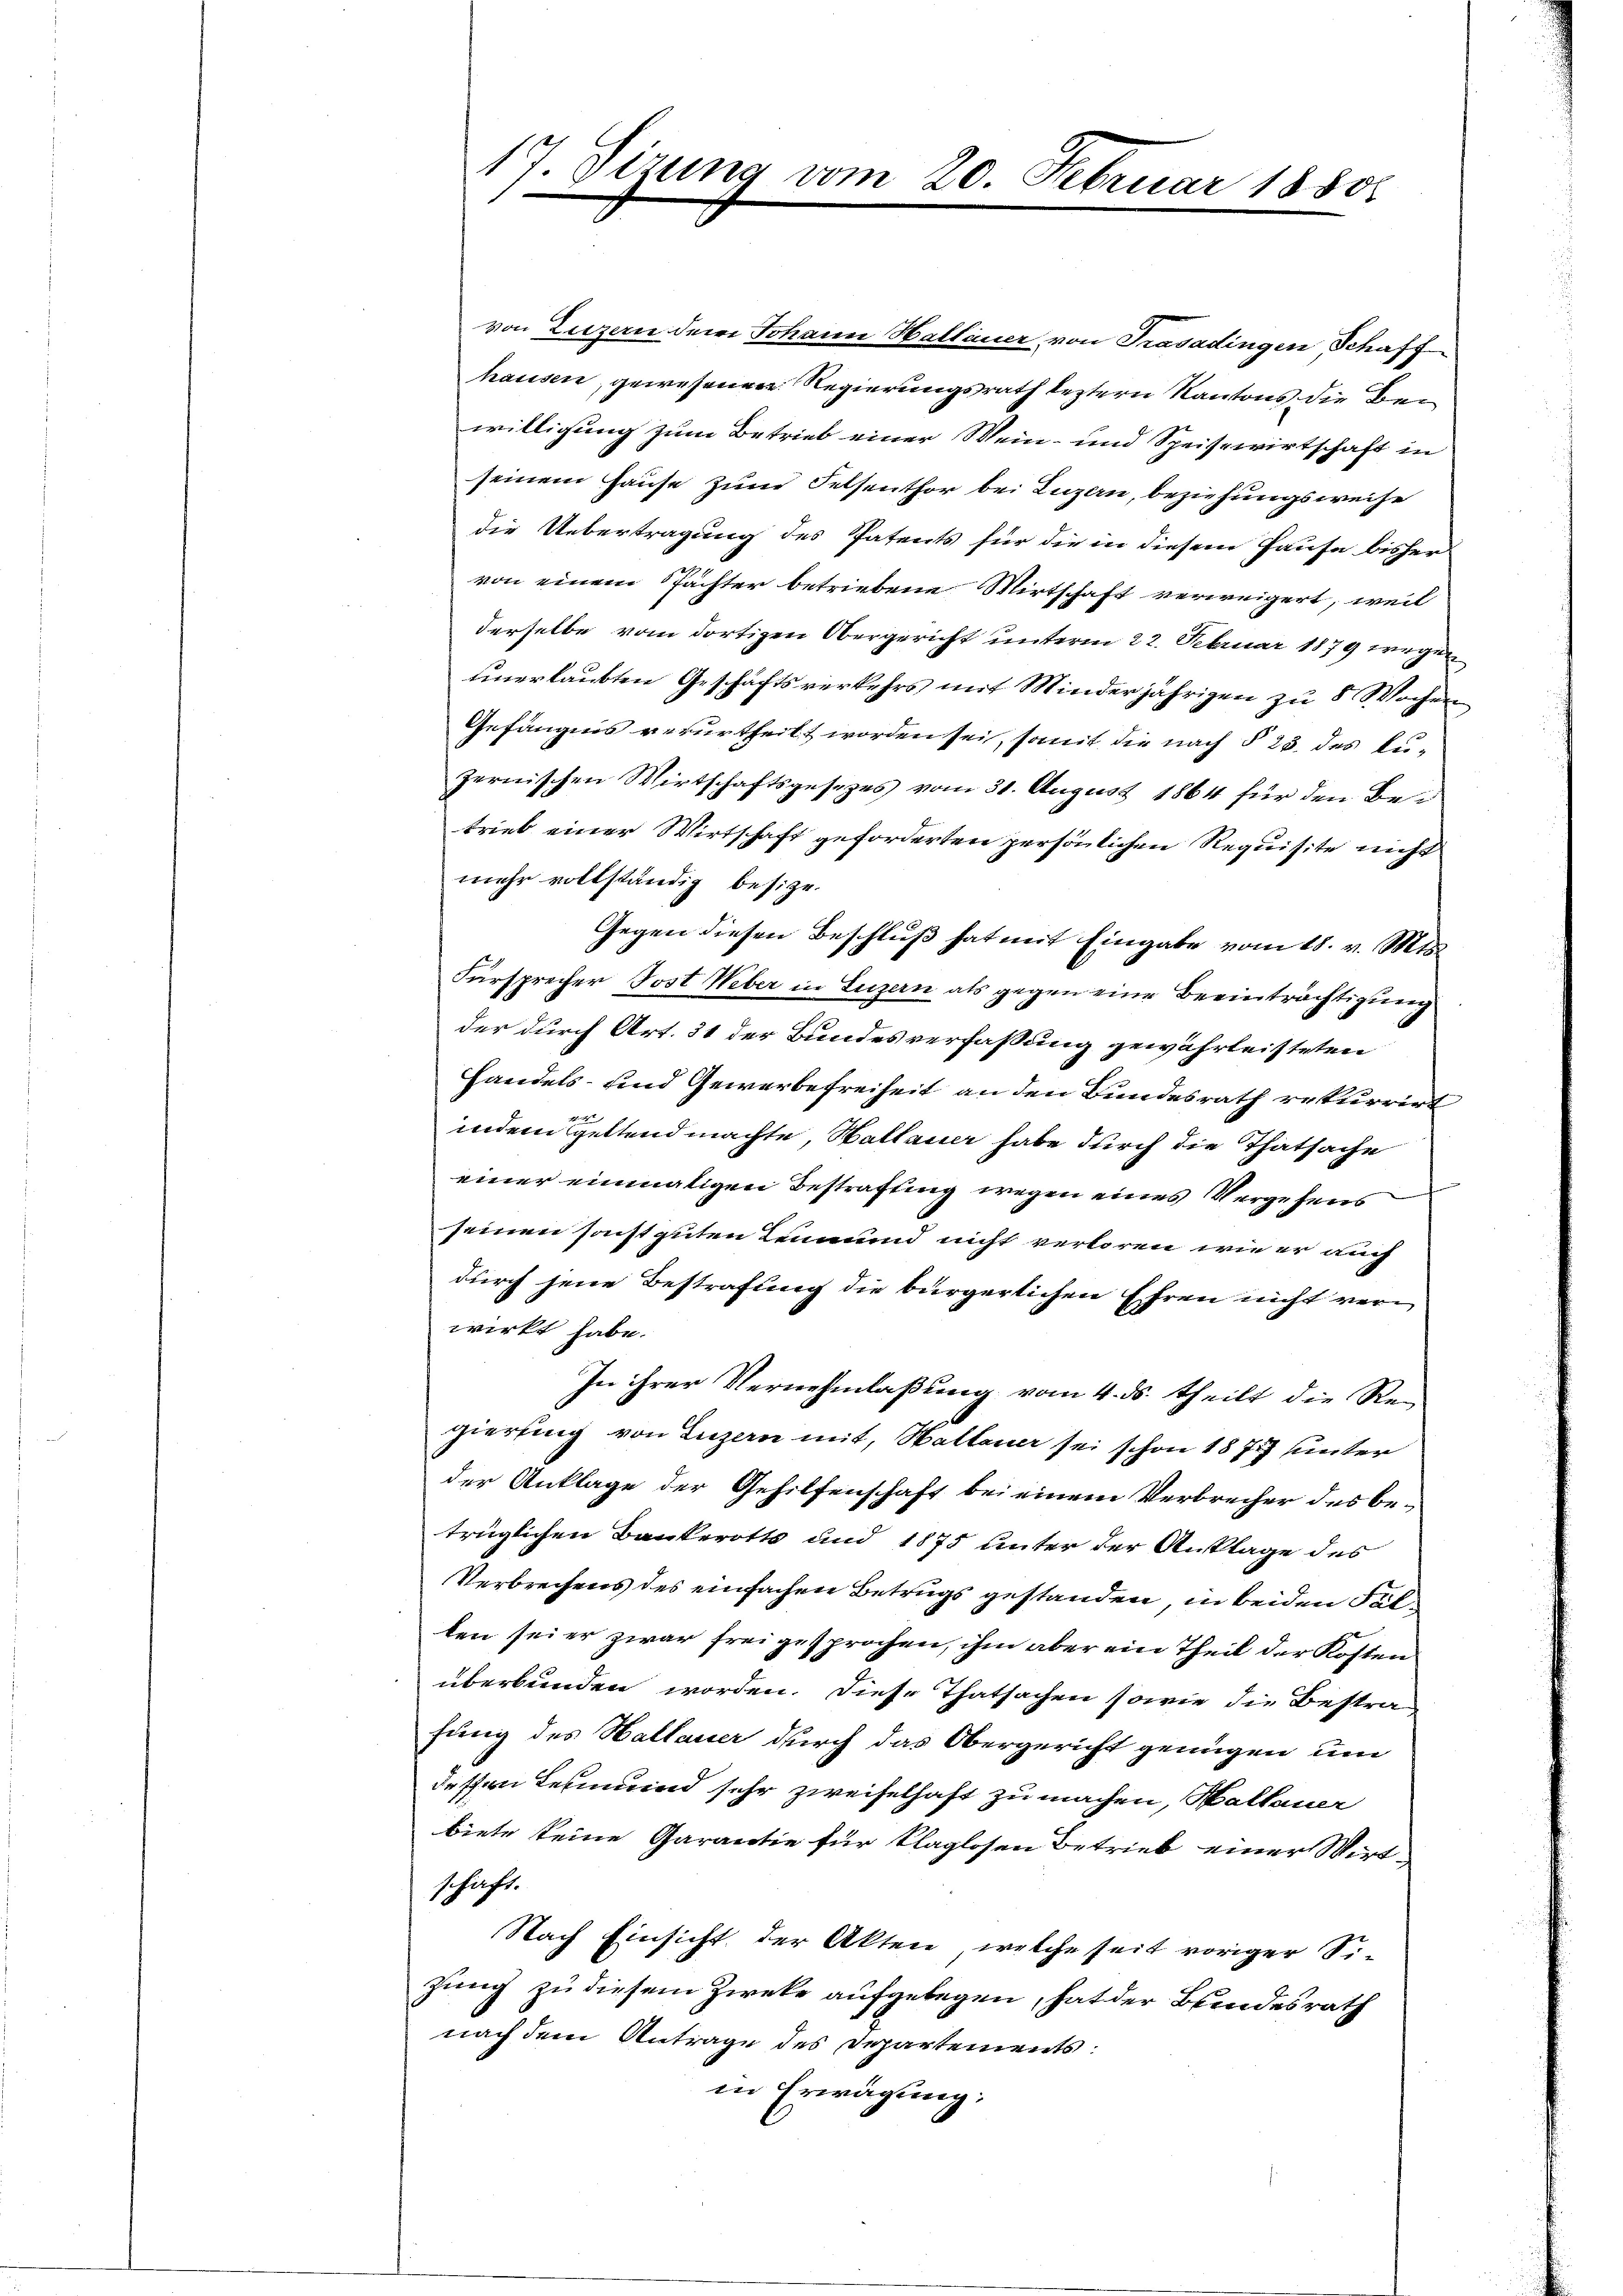
von Luzern der Johann Hallauer von Trasadingen Schaff
hausen, gewesenen Regierungsrath leztern Kantons die Bei
willigung zum Betrieb einer Mein- und Speisewirtschaft in
seinem Hause zum Felsenthor bei Luzern, beziehungsweise
die Uebertragung des Patents für die in diesem Hause bisher
von einem Spächter betriebene Wirtschaft verweigert, weil
derselbe vom dortigen Obergericht unterm 22. Februar 1879 wegen
unerlaubten Geschäftsverkehrs mit Minderjährigen zu 8 Wochen
Gefängnis verurtheilt worden sei, somit die nach § 25 des kuzernischen Wirtschaftsgesezes vom 31. August 1864 für den Betrieb einer Wirtschaft geforderten persönlichen Requisite nicht
mehr vollständig besitze.
Gegen diesen Beschluß hat mit Eingabe vom 18. v. Mts.
Fürsprecher Post Weber in Luzern als gegen eine Beeinträchtigung
der durch Art. 31 der Bundesverfaßung gewährleisteten
Handels- und Gewerbefreiheit an den Bundesrath rekurrirt
indem geltend machte, Hallauer habe durch die Thatsache
einer einmaligen Bestraftung wegen eines Vergehens
seinen sonst guten Leumund nicht verloren, wie er auch
durch jene Bestrafung die bürgerlichen Ehren nicht verwirkt habe.
In ihrer Vernehmlaßung vom 4. ds. theilt die Re-
gierung von Luzern mit, Waltener sei schon 1872 unter
der Anklage der Gehilfenschaft bei einem Verbrecher des betrüglichen Bankerotts und 1875 unter der Anlage des
Verbrechens des einfachen Betrugs gestanden, in beiden Fälten sei er zwar freigesprochen, ihm aber ein Theil der Kosten
überbunden worden. Diese Thatsachen sowie die Bestrafung des Hallauer durch das Obergericht genügen um
dessen Lehmund sehr zweifelhaft zu machen, Hallauer
biete keine Garantie für klaglosen Betrieb einer Wirtschäft.
Nach Einsicht der Akten, welche seit voriger Si-
zung zu diesem Zieke aufgelegen, hat der Bundesrath
nach dem Antrage des Departements:
in Erwägung:

17. Sizung vom 20. Februar 1880